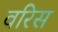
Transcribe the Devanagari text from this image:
वरिस